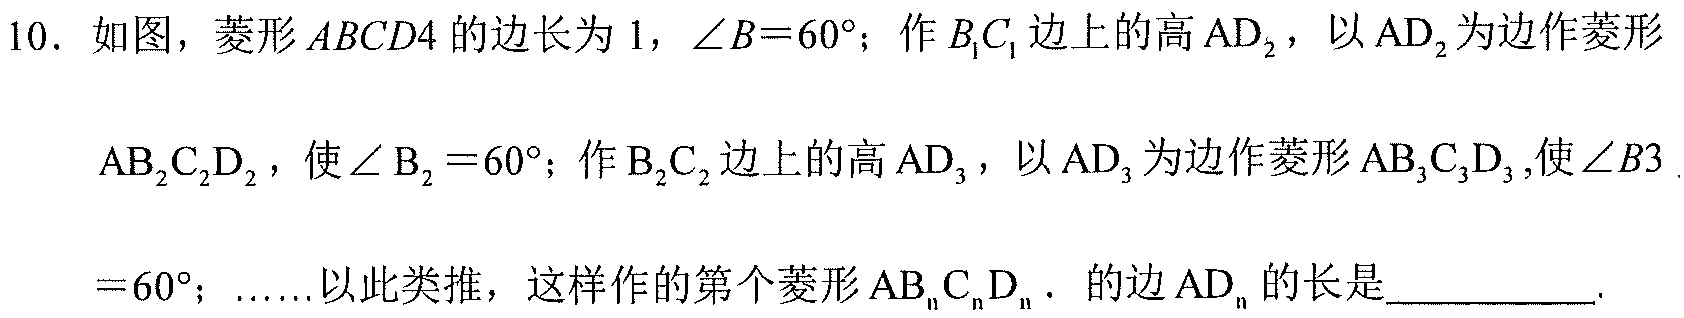
10. 如图，菱形$ABCD4$的边长为1，$\angle B = 60^{\circ}$；作$B_{1}C_{1}$边上的高$AD_{2}$，以$AD_{2}$为边作菱形
$AB_{2}C_{2}D_{2}$，使$\angle B_{2}=60^{\circ}$；作$B_{2}C_{2}$边上的高$AD_{3}$，以$AD_{3}$为边作菱形$AB_{3}C_{3}D_{3}$,使$\angle B3$
$=60^{\circ}$；……以此类推，这样作的第个菱形$AB_{n}C_{n}D_{n}$. 的边$AD_{n}$的长是__________.